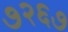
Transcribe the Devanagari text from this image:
७२६७